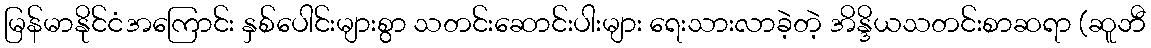
မြန်မာနိုင်ငံအကြောင်း နှစ်ပေါင်းများစွာ သတင်းဆောင်းပါးများ ရေးသားလာခဲ့တဲ့ အိန္ဒိယသတင်းစာဆရာ (ဆူဘီ